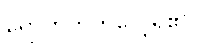
ရောက်တတ်လေ့ရှိ၏။